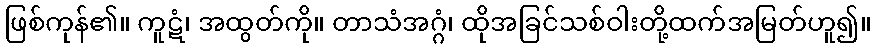
ဖြစ်ကုန်၏။ ကူဋံ၊ အထွတ်ကို။ တာသံအဂ္ဂံ၊ ထိုအခြင်သစ်ဝါးတို့ထက်အမြတ်ဟူ၍။